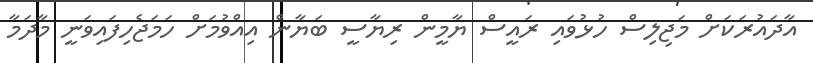
އާދައުރަކަށް މަޖިލިސް ހުޅުވައި ރައީސް ޔާމީން ރިޔާސީ ބަޔާން އިއްވުމަށް ހަމަޖެހިފައިވަނީ މާދަމާ